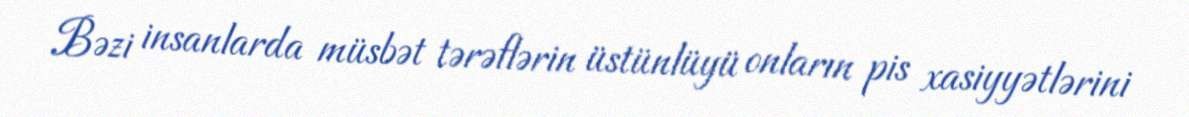
Bəzi insanlarda müsbət tərəflərin üstünlüyü onların pis xasiyyətlərini